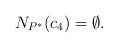
LaTeX: \begin{align*}N_{P^*}(c_4)=\emptyset.\end{align*}